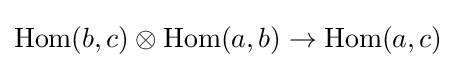
\operatorname {Hom} (b,c)\otimes \operatorname {Hom} (a,b)\to \operatorname {Hom} (a,c)